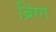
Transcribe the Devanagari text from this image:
ब्रिंरग